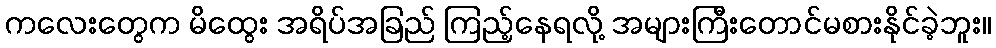
ကလေးတွေက မိထွေး အရိပ်အခြည် ကြည့်နေရလို့ အများကြီးတောင်မစားနိုင်ခဲ့ဘူး။